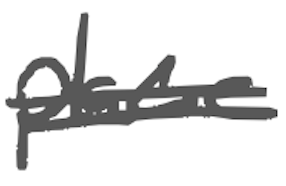
Text: place
Cross-out: double-line
Writing tool: digital_gray